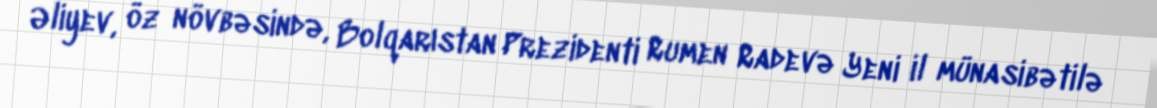
Əliyev, öz növbəsində, Bolqarıstan Prezidenti Rumen Radevə Yeni il münasibətilə